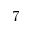
7